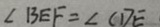
\angle B E F = \angle C D E